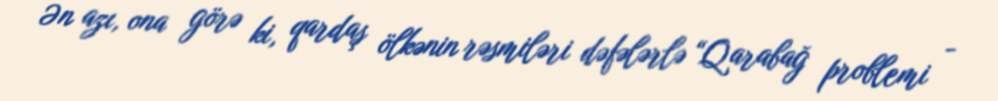
Ən azı, ona görə ki, qardaş ölkənin rəsmiləri dəfələrlə “Qarabağ problemi -